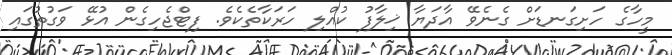
މީހާގެ ހަށިގަނޑަށް ގެނެވޭ އާދަޔާ ޚިލާފު ކުއްލި ހަރަކާތެކެވެ. ފިޓްޖެހިގެން އުޅޭ ވަގުތުގައި